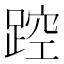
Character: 𲃮